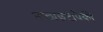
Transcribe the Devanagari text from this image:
नाट्यछटांपैकी